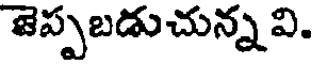
జెప్పబడుచున్న వి.